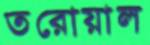
তরোয়াল